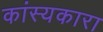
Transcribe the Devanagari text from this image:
कांस्यकारा